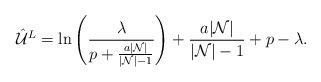
LaTeX: \begin{align*}\hat{\mathcal {U}}^L=\ln \left(\frac{\lambda}{p+\frac{a|\mathcal{N}|}{|\mathcal{N}|-1}}\right)+\frac{a|\mathcal{N}|}{|\mathcal{N}|-1}+p-\lambda.\end{align*}